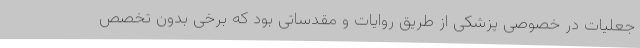
جعلیات در خصوصی پزشکی از طریق روایات و مقدساتی بود که برخی بدون تخصص